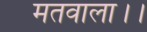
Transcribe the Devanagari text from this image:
मतवाला।।